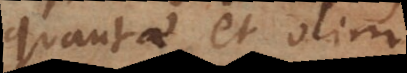
quantae et olim